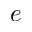
e